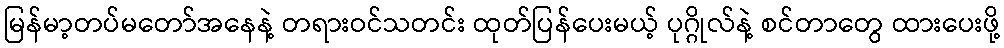
မြန်မာ့တပ်မတော်အနေနဲ့ တရားဝင်သတင်း ထုတ်ပြန်ပေးမယ့် ပုဂ္ဂိုလ်နဲ့ စင်တာတွေ ထားပေးဖို့